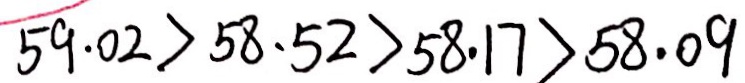
5 9 . 0 2 > 5 8 . 5 2 > 5 8 . 1 7 > 5 8 . 0 9